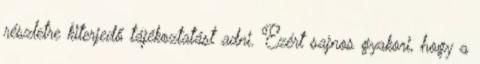
részletre kiterjedő tájékoztatást adni. Ezért sajnos gyakori, hogy a